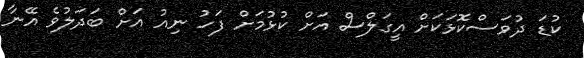
ކުޑަ ދުވަސްކޮޅަކަށް އީގަލްސް އަށް ކުޅުމަށް ފަހު ނިއު އަށް ބަދަލުވެ އޭނާ